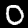
Label: 0